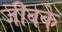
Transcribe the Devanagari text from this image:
जीवके